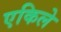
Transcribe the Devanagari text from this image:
एकिले